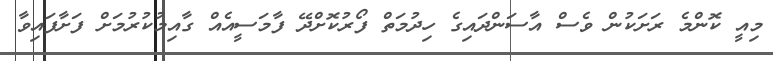
މިއީ ކޮންމެ ރަށަކުން ވެސް އާސަންދައިގެ ހިދުމަތް ފޯރުކޮށްދޭ ފާމަސީއެއް ގާއިމުކުރުމަށް ފަށާފައިވާ